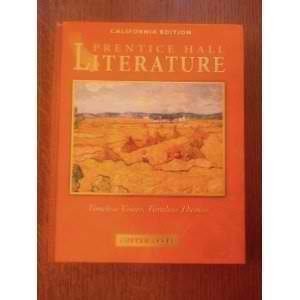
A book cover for Timeless Voices, Timeless Themes: California Edition Copper Level; California; Children's Books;